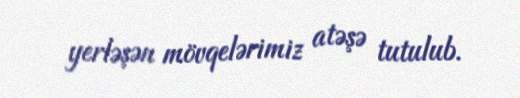
yerləşən mövqelərimiz atəşə tutulub.